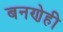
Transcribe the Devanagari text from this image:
बनणेही